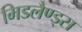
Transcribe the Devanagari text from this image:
मिडलैण्ड्स